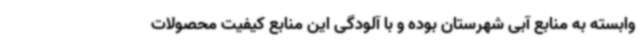
وابسته به منابع آبی شهرستان بوده و با آلودگی این منابع کیفیت محصولات